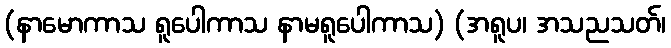
(နာမောကာသ ရူပေါကာသ နာမရူပေါကာသ) (အရူပ၊ အသညသတ်၊